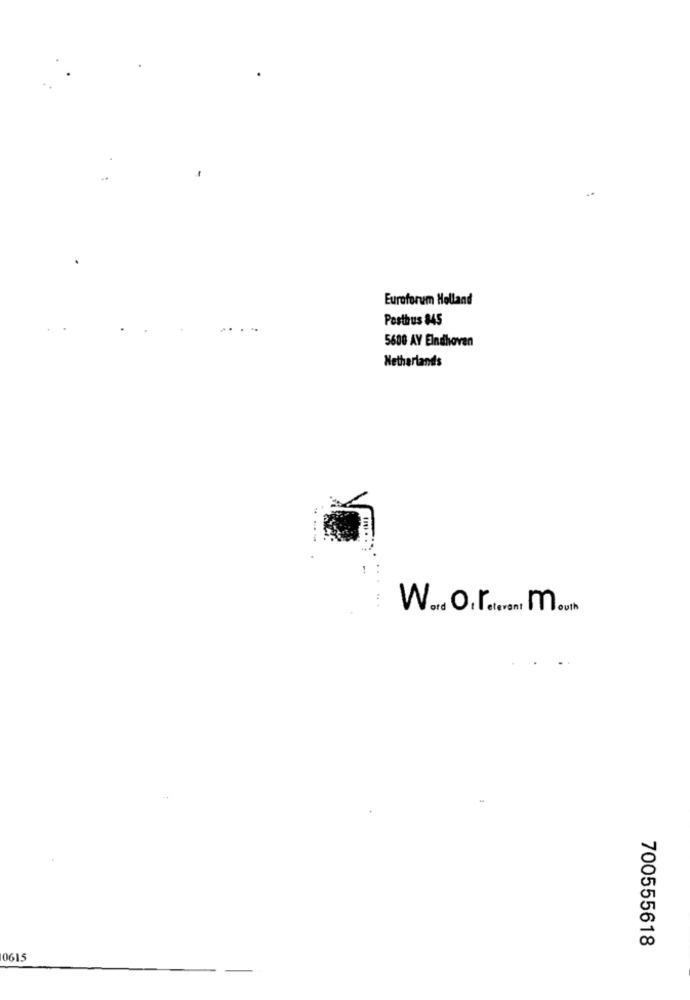
Euroforum Holland
Postbus 845
5600 AY Eindhoven
Netherlands
700555618
0615